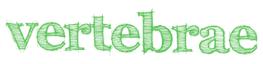
vertebrae